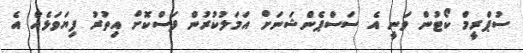
ސުޕްރީމް ކޯޓުން ވަނީ އެ ސަސްޕެންޝަނަށް އަމަލުކުރުން ފަސްކޮށް އިތުރު ފިޔަވަޅެއް އެ